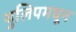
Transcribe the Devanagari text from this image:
युलिपमधून